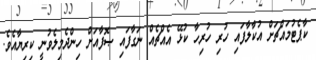
ކާޕެޓުމައްޗަށް އުކާލާފައި ހުރި ހުރިހާ ކުޅޭ އެއްޗެއް ނަގާފައި ޞޮފާއަށް ހިންދެމިލެވުނީ ކިރިޔާއެވެ.